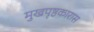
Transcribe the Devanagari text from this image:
मुखपृष्ठकारास